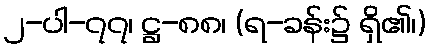
၂-ပါ-၇၇၊ ဋ္ဌ-၈၈၊ (ရ-ခန်း၌ ရှိ၏၊)